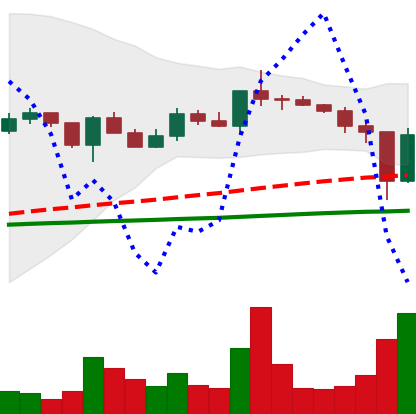
Ticker: XLM-USD
Chart end date: 2020-12-24
Forward return: -13.034%
Label: down_7plus